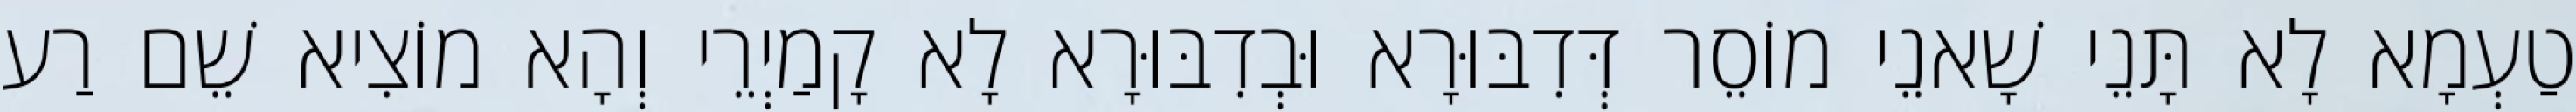
טַעְמָא לָא תָּנֵי שָׁאנֵי מוֹסֵר דְּדִבּוּרָא וּבְדִבּוּרָא לָא קָמַיְרֵי וְהָא מוֹצִיא שֵׁם רַע